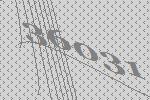
36031